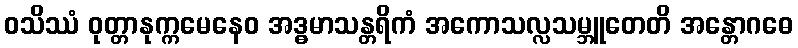
ဝသိဿံ ဝုတ္တာနုက္ကမေနေဝ အဒ္ဓမာသန္တရိကံ အကောသလ္လသမ္ဘူတေတိ အန္တောဂဓေ